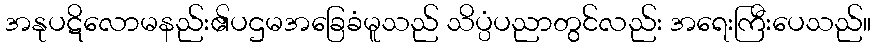
အနုပဋိလောမနည်း၏ပဌမအခြေခံမူသည် သိပ္ပံပညာတွင်လည်း အရေးကြီးပေသည်။